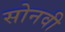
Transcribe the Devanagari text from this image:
सोनवी